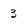
Character: 3